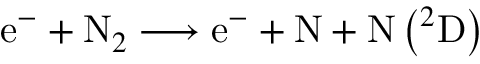
\mathrm { e } ^ { - } + \mathrm { N } _ { 2 } \longrightarrow \mathrm { e } ^ { - } + \mathrm { N } + \mathrm { N } \left( { } ^ { 2 } \mathrm { D } \right)